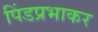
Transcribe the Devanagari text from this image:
पिंडप्रभाकर